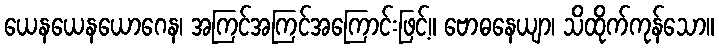
ယေနယေနယောဂေန၊ အကြင်အကြင်အကြောင်းဖြင့်။ ဗောဓနေယျာ၊ သိထိုက်ကုန်သော။